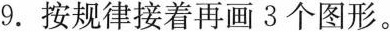
9.按规律接着再画3个图形。